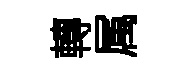
轉属